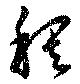
稠